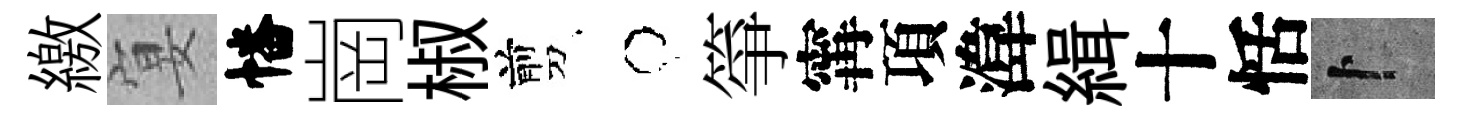
繳宴幡崗椒剪牛箏𡩋項湋緝十恬卜